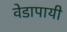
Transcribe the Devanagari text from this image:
वेडापायी